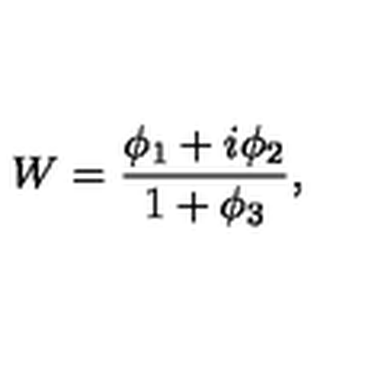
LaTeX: W = \frac { \phi _ { 1 } + i \phi _ { 2 } } { 1 + \phi _ { 3 } } ,